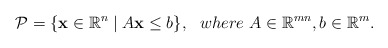
\begin{align*}\mathcal{P} = \{ \mathbf{x} \in \mathbb{R}^n \mid A\mathbf{x} \leq b \}, \ \ where \ A \in \mathbb{R}^{mn}, b \in \mathbb{R}^m.\end{align*}